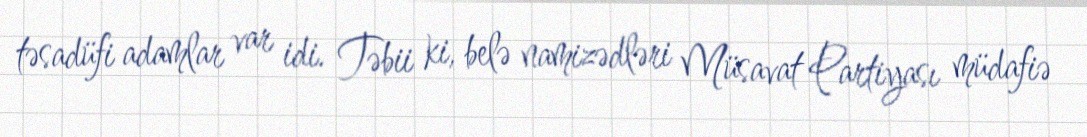
təsadüfi adamlar var idi. Təbii ki, belə namizədləri Müsavat Partiyası müdafiə